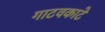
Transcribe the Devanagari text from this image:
गाटवकाटे